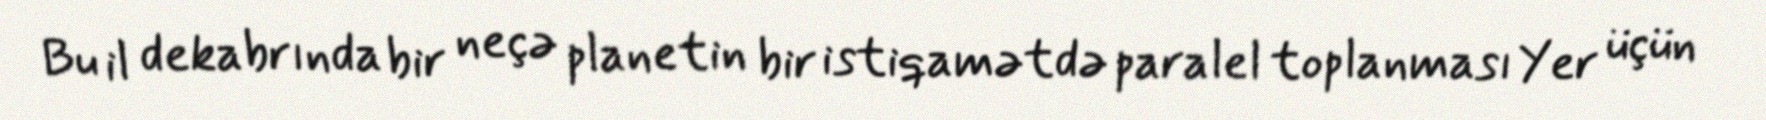
Bu il dekabrında bir neçə planetin bir istiqamətdə paralel toplanması Yer üçün